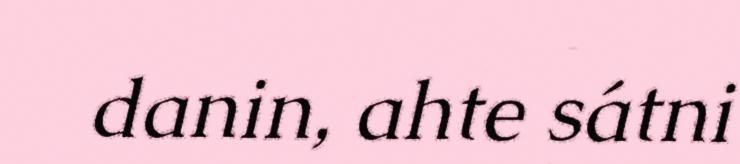
danin, ahte sátni